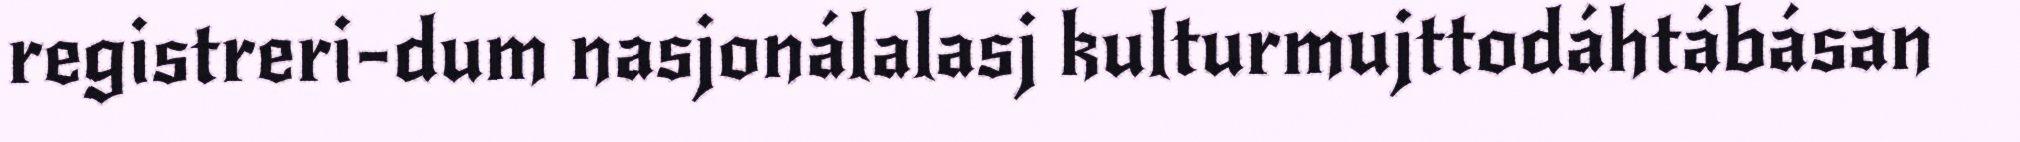
registreri-dum nasjonálalasj kulturmujttodáhtábásan